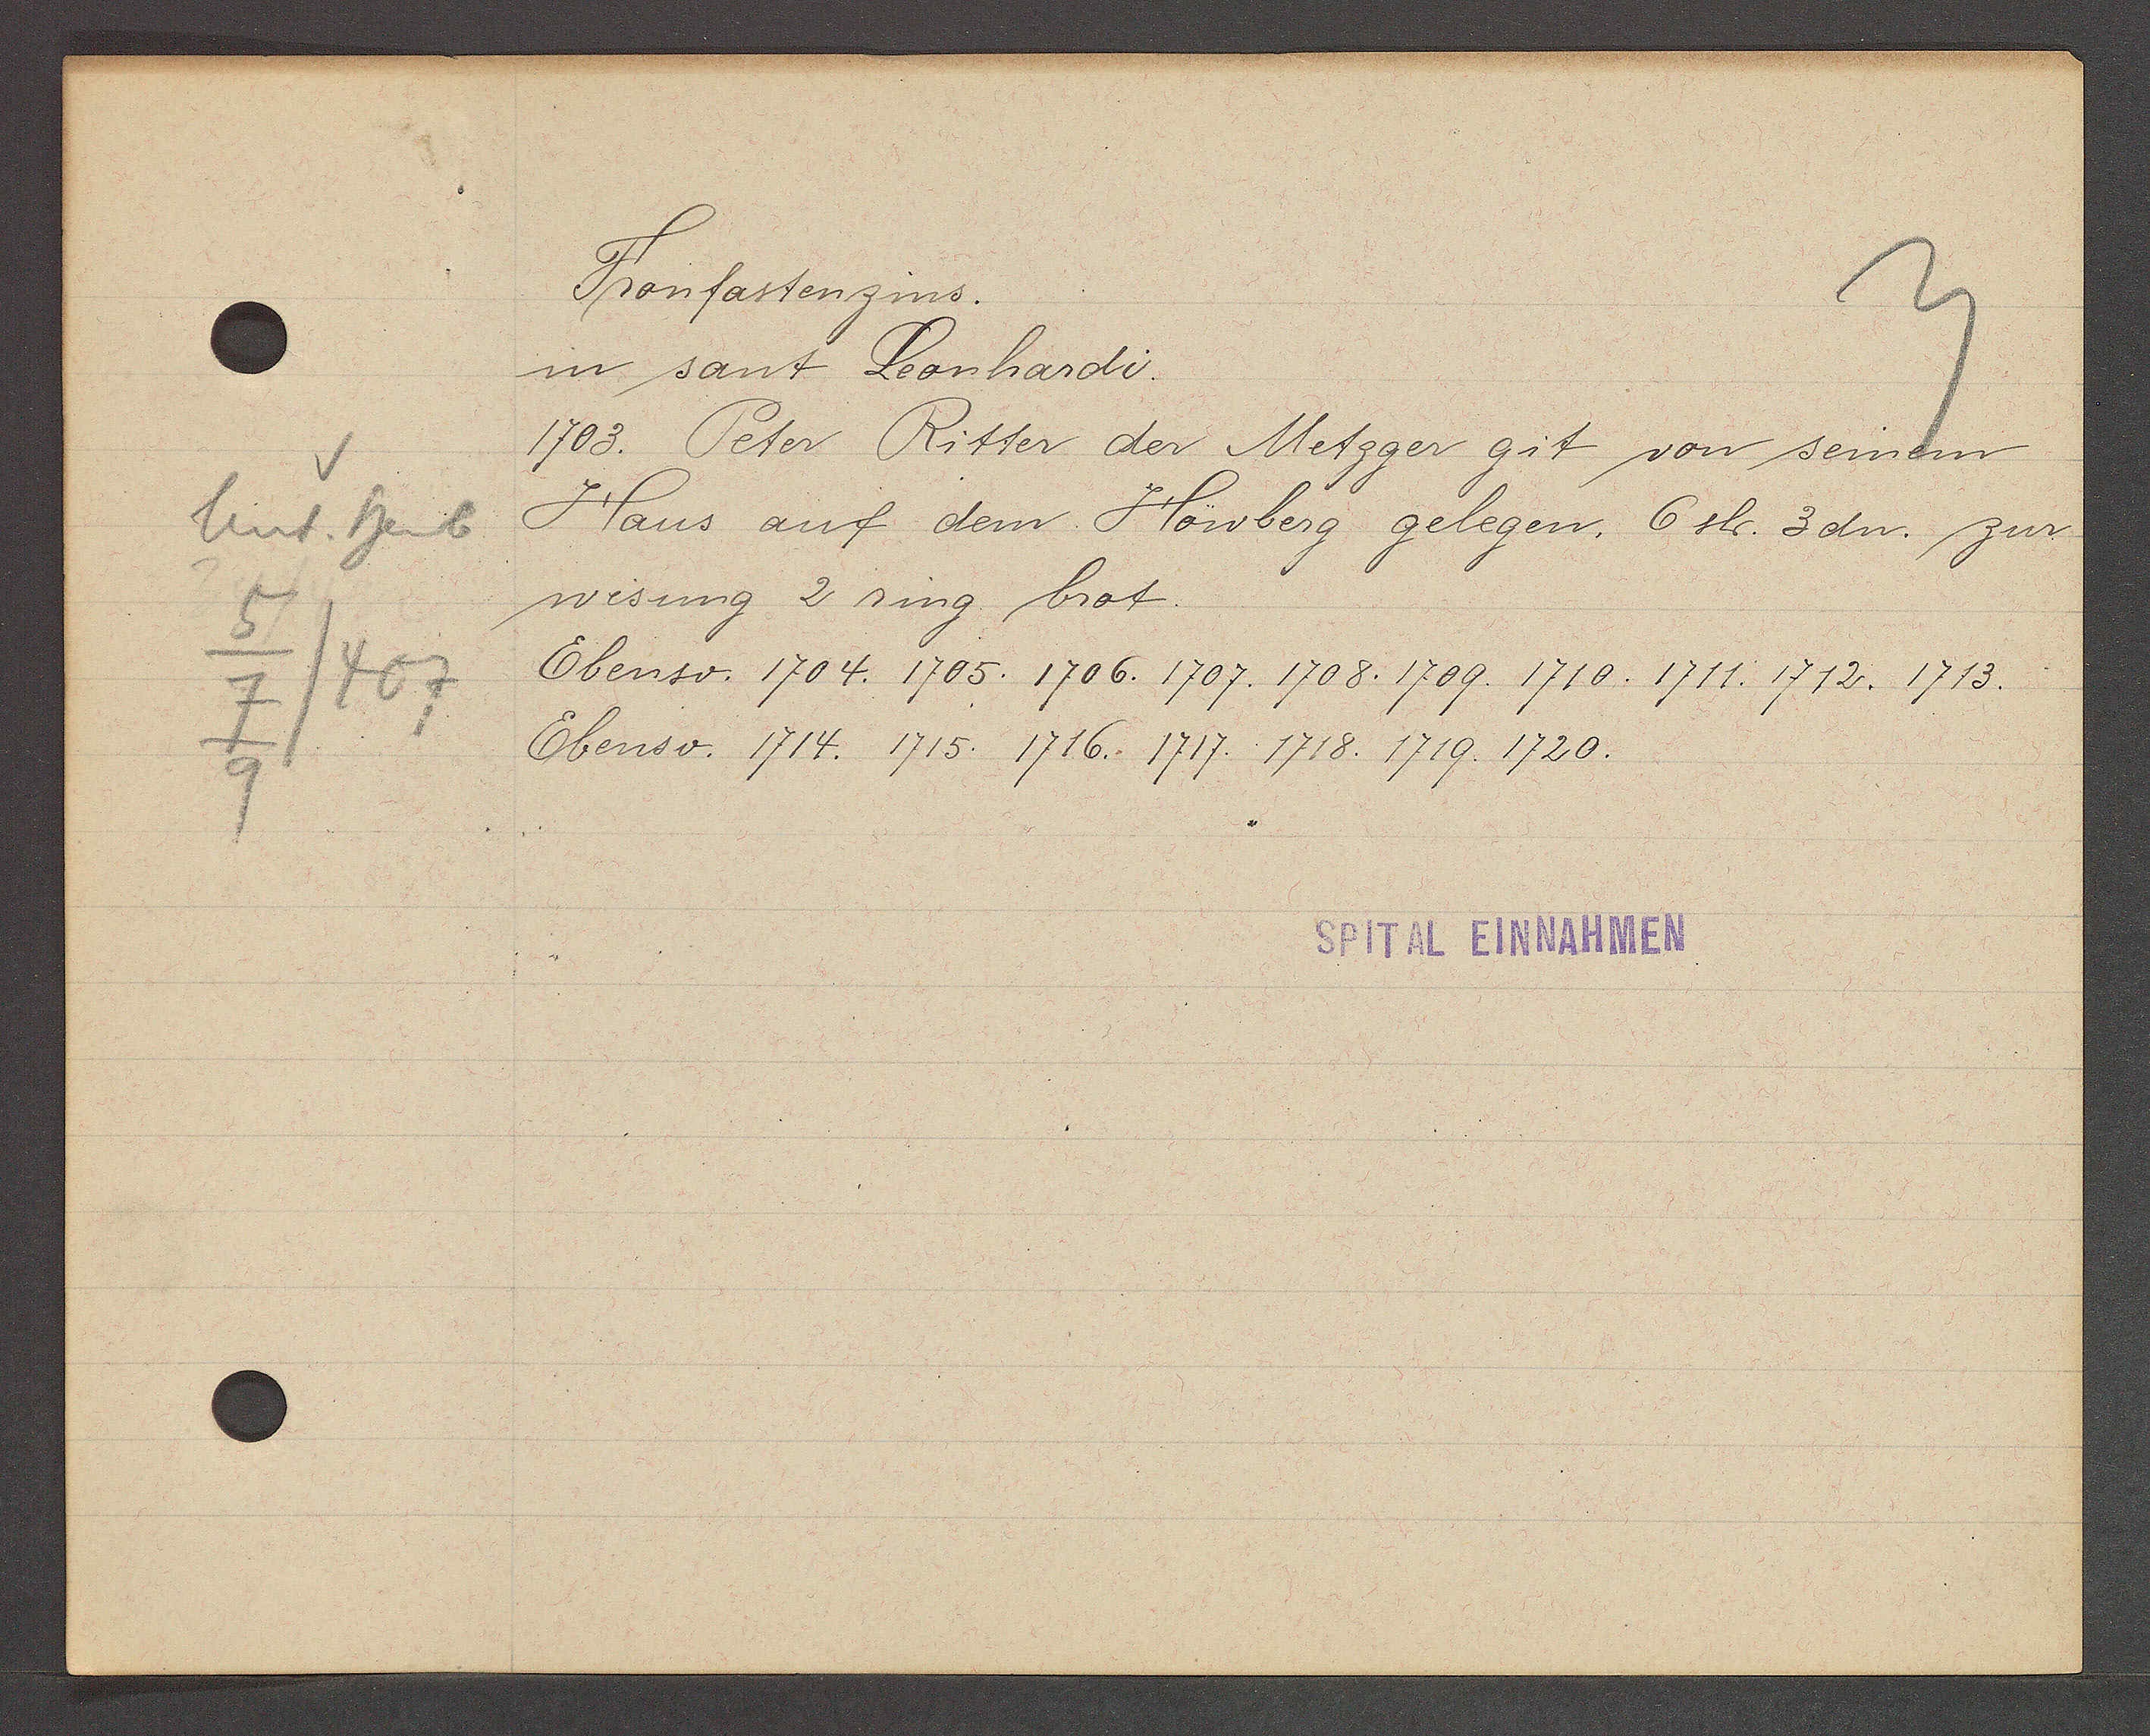
Transcript:
Unt. heub
5
7/407
9

Fronfastenzins.

in sant Leonhardi.
1703. Peter Ritter der Metzger git von seinem
Haus auf dem Höwberg gelegen, 6 sh. 3dn. zur
wisung 2 ring brot.
Ebenso. 1704. 1705. 1706. 1707. 1708. 1709. 1710. 1711. 1712. 1713.
Ebenso. 1714. 1715. 1716. 1717. 1718. 1719. 1720.

SPITAL EINNAHMEN